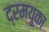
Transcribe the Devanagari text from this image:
द्रमयूका